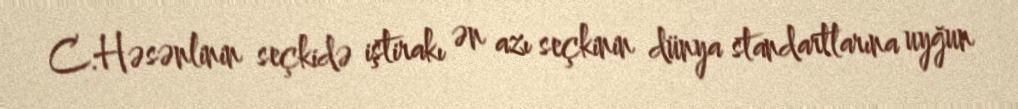
C.Həsənlinin seçkidə iştirakı ən azı seçkinin dünya standartlarına uyğun